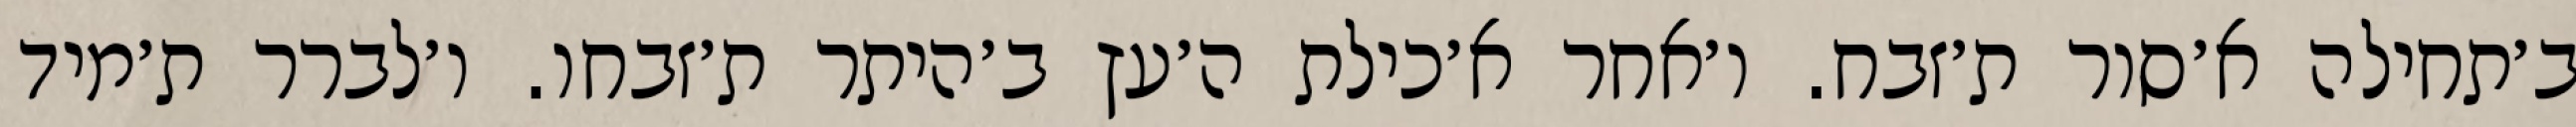
ב׳תחילה א׳סור ת׳זבח. ו׳אחר א׳כילת ה׳עץ ב׳היתר ת׳זבחו. ו׳לברר ת׳מיד